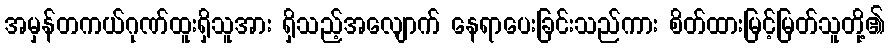
အမှန်တကယ်ဂုဏ်ထူးရှိသူအား ရှိသည့်အလျောက် နေရာပေးခြင်းသည်ကား စိတ်ထားမြင့်မြတ်သူတို့၏